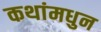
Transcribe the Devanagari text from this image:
कथांमधुन